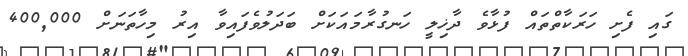
ގައި ފެށި ހަރަކާތްތައް ފުޅާވެ ދާޚިލީ ހަނގުރާމައަކަށް ބަދަލުވެފައިވާ އިރު މިހާތަނަށް 400